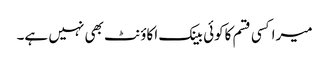
میراکسی قسم کاکوئی بینک اکاؤنٹ بھی نہیں ہے۔